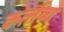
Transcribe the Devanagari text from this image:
कर्त्‍तव्‍य